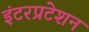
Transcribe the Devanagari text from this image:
इंटरप्रटेशन